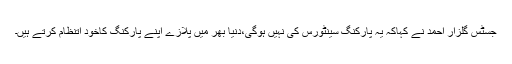
جسٹس گلزار احمد نے کہاکہ یہ پارکنگ سینٹورس کی نہیں ہوگی،دنیا بھر میں پلازے اپنے پارکنگ کاخود اتنظام کرتے ہیں۔